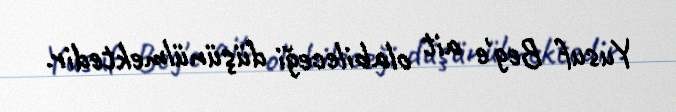
Yusuf Beg'e ait olabileceği düşünülmektedir.